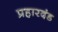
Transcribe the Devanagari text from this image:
प्रहारदंड